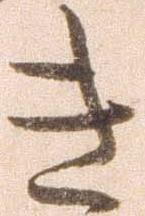
き